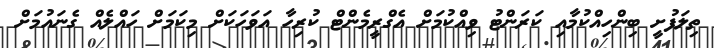
ތިލަފުށީ ބިންހިއްކުމާއި ކަރަންޓު ވިއްކުމަށް އެގްރީމެންޓް ކުރިހާ އަވަހަކަށް މިކަމަށް ހައްލެއް ގެނައުމަށް